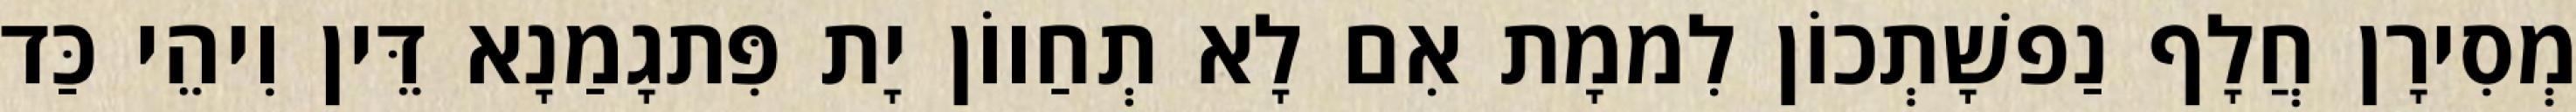
מְסִירָן חֲלָף נַפשָׁתְכוֹן לִממָת אִם לָא תְחַווֹן יָת פִּתגָמַנָא דֵּין וִיהֵי כַּד